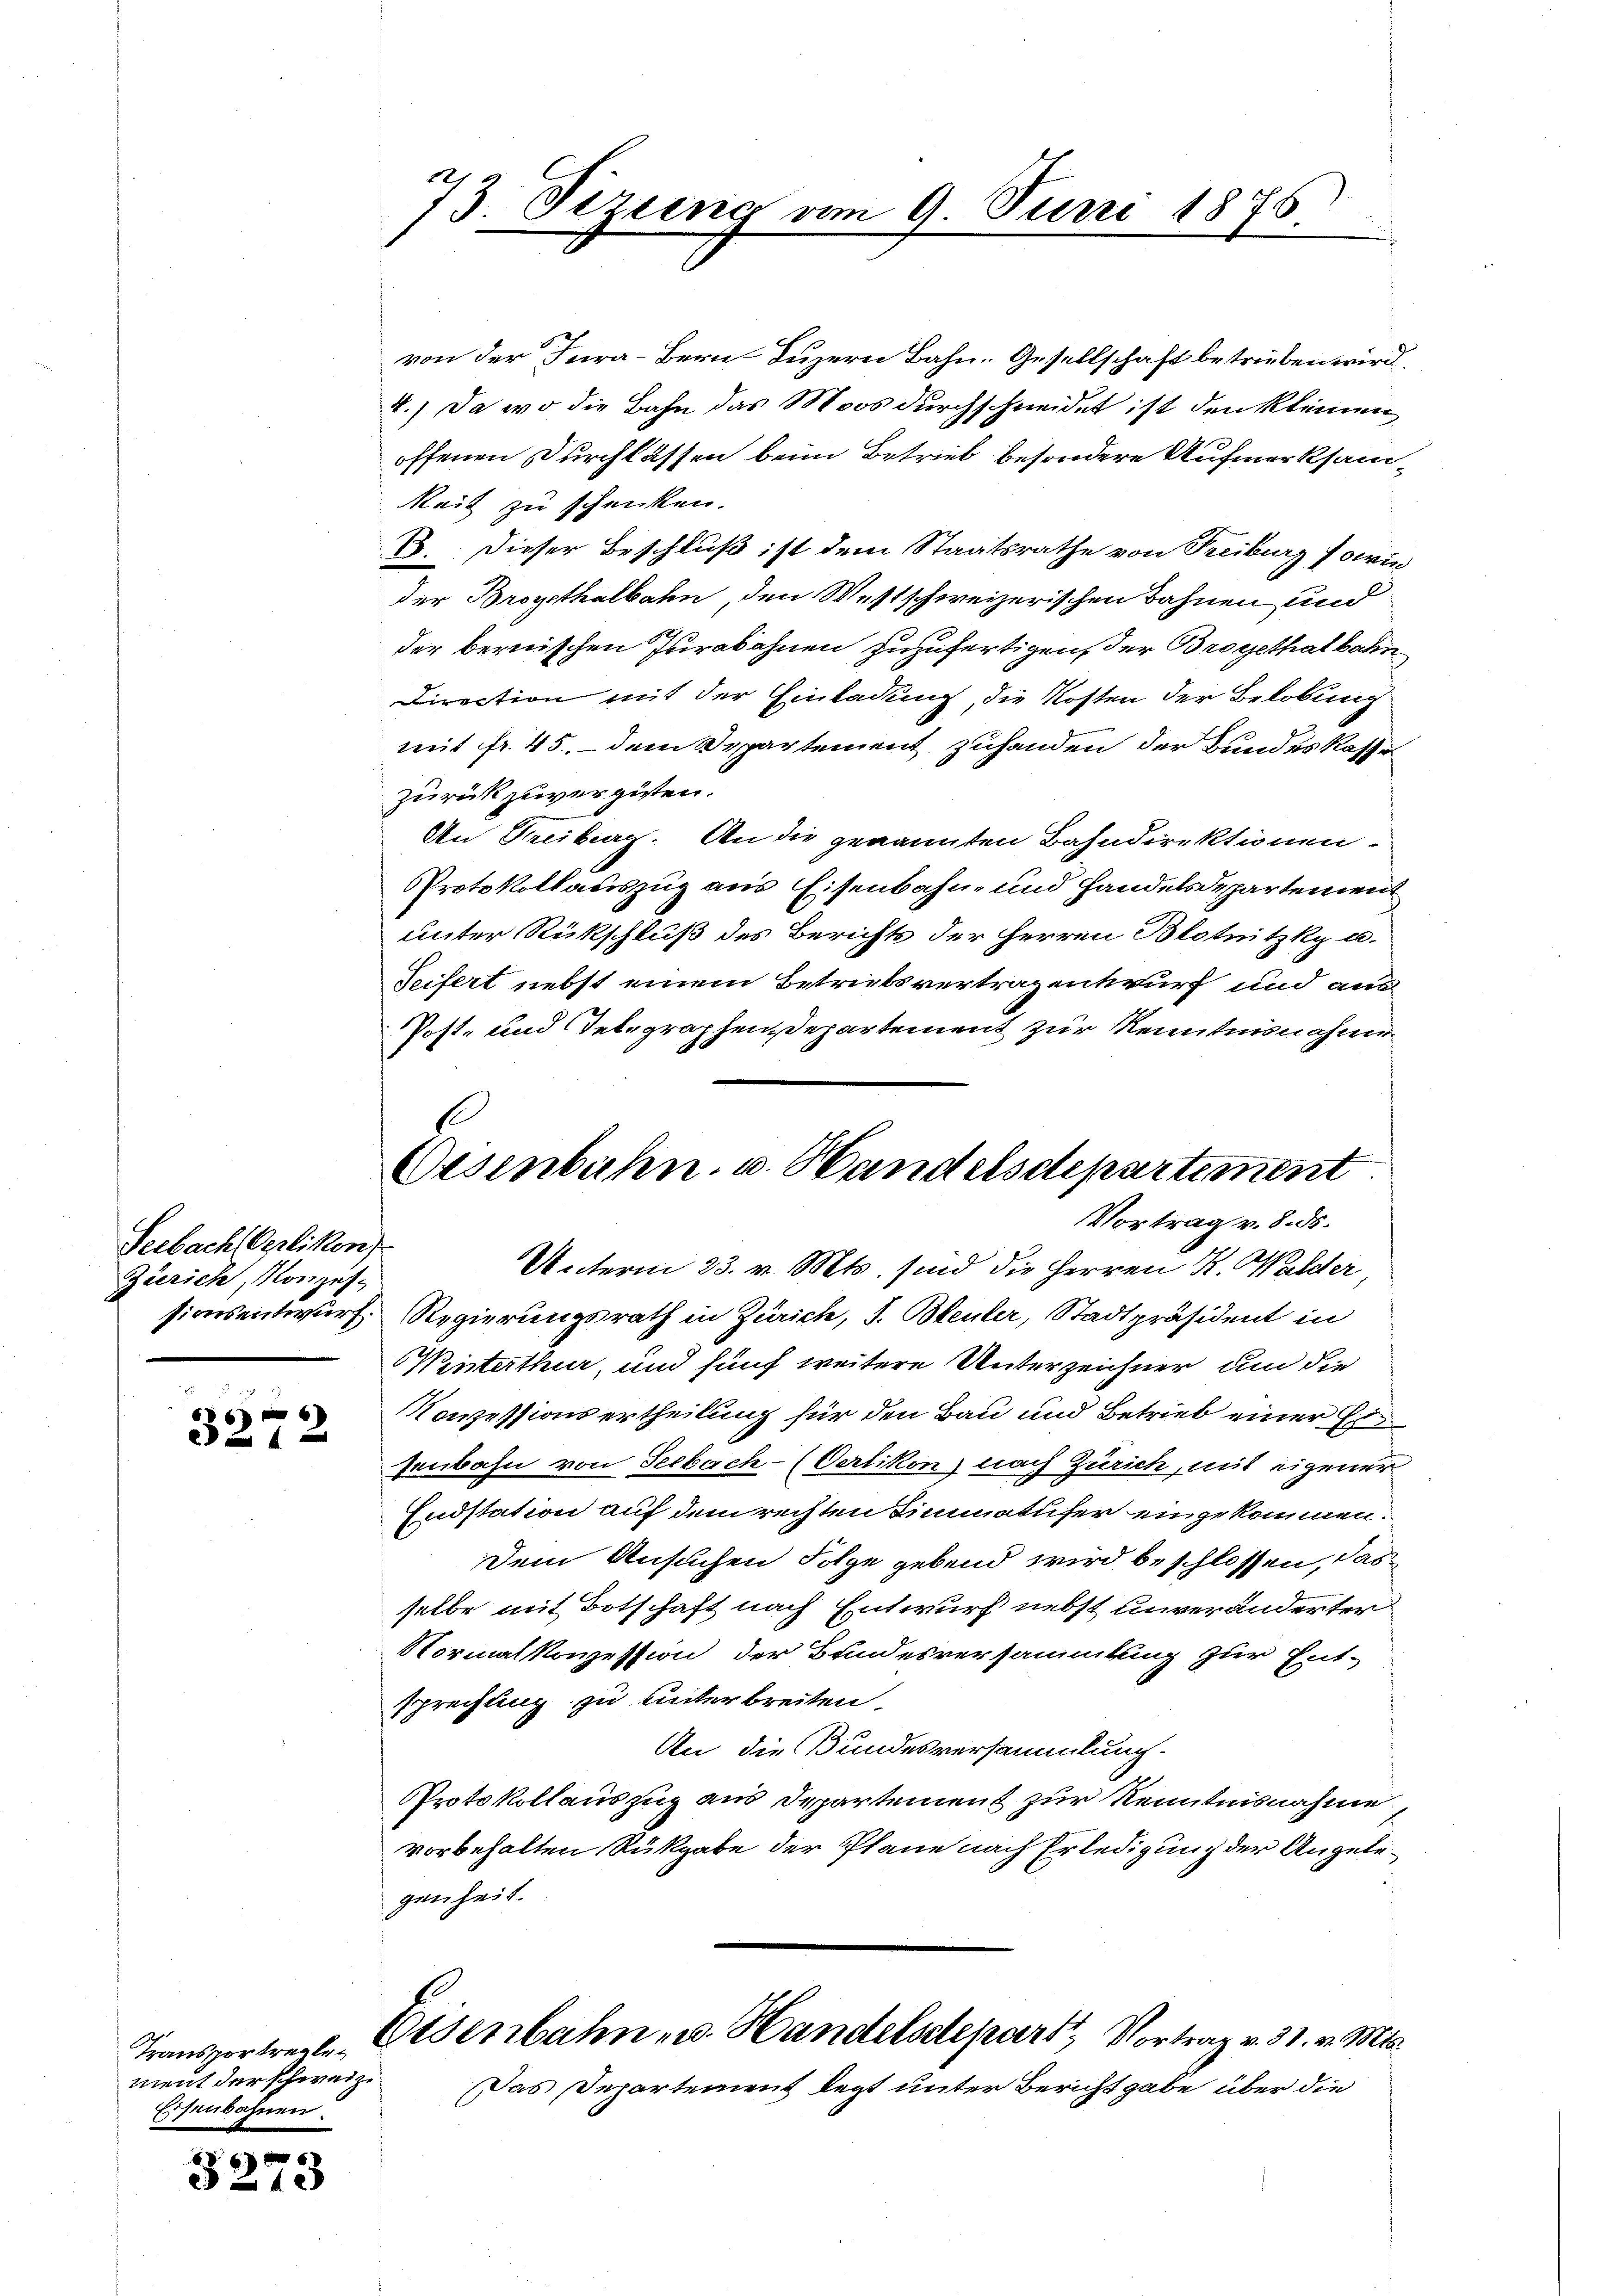
Seebach Oerlikon)
Zürich, Konzes¬

66

Transportregleneut der schweiz.
Eisenbahnen.

6)
3273

73. Sizung vom 9. Juni 1876.

von der Jura-Bern Luzern Bahn. Gesellschaft betrieben wird.
4.) Da wo die Bahn das Moos durchschneidet ist den kleinen
offenen Durchlassen beim Betrieb besondere Aufmerksam¬
Mait zu schenken.
13. Dieser Beschluß ist dem Staatsrathe von Seciburg Pari
der Broyethalbahn, den Westschweizerischen Bahnen und
der bernischen Iurabahnen zuzufertigen, der Brogethatbahn
Direction mit der Einladung, die Kosten der Belobung
mit fr. 45, dem Departement zuhanden der Bundes Kasse
zurückzuvergüten.
An Freiburg. An die genannten Bahndirektionen
Protokollauszug aus Eisenbahn- und Handelsdepartement
unter Rückschluß des Berichts der Herren Blotnitzky u.
Seifert nebst einem Betriebsvertrag entwurf und aus
Post- und Telegraphen Departement zur Kenntnisnahme
Unterm 23. v. Mts. sind die Herren K. Walder,
sionsentwurf. Regierungsrath in Zürich, S. Bleuler, Stadtpräsident in
Winterthur, und fünf weitere Unterzeichner un die
Konzessions ertheilung für den Bau und Betrieb einer Er
senbahn von Seebach- (Oerlikon) nach Zürich, mit eigener
Endstation auf dem rechten Limmatufer eingekommen.
Dem Ansuchen Folge gebend wird beschlossen, das
selbe mit Botschaft nach Entwurf nebst unveränderter
Normalkonzession der Bundesversammlung zur Ent-
sprechung zu unterbreiten.
An die Bundesversammlung.
PProtokollauszug aus Departement zur Kenntnisnahme
vorbehalten Rükgabe der Plane nach Erledigung der Angelegenheit.
Eisenbahn- u. Handelsdepart, Vortrag v. 31. v. Mts.
Das Departement legt unter Bericht gabe über die

Oesenbahn u. Handelsdepartement
Vortrag v. 8. ds.